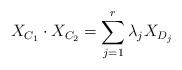
LaTeX: \begin{align*} X_{C_1}\cdot X_{C_2} = \sum_{j=1}^r \lambda_j X_{D_j} \end{align*}